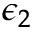
\epsilon _ { 2 }